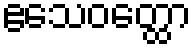
ဧသေဝတ္ထော